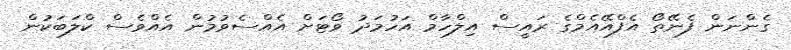
ގެންނަން ފެނޭތޯ އެފްއޭއެމްގެ ރައީސް އިލްހާމް އަހުމަދު ވޯޓަށް އެއްސެވުމުން އެއްވެސް ކްލަބަކުން